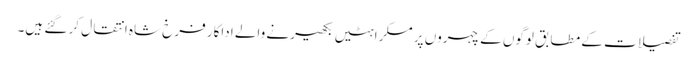
تفصیلات کے مطابق لوگوں کے چہروں پر مسکراہٹیں بکھیرنے والے اداکار فرخ شاہ انتقال کر گئے ہیں۔